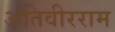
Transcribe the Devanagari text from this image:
अतिवीरराम